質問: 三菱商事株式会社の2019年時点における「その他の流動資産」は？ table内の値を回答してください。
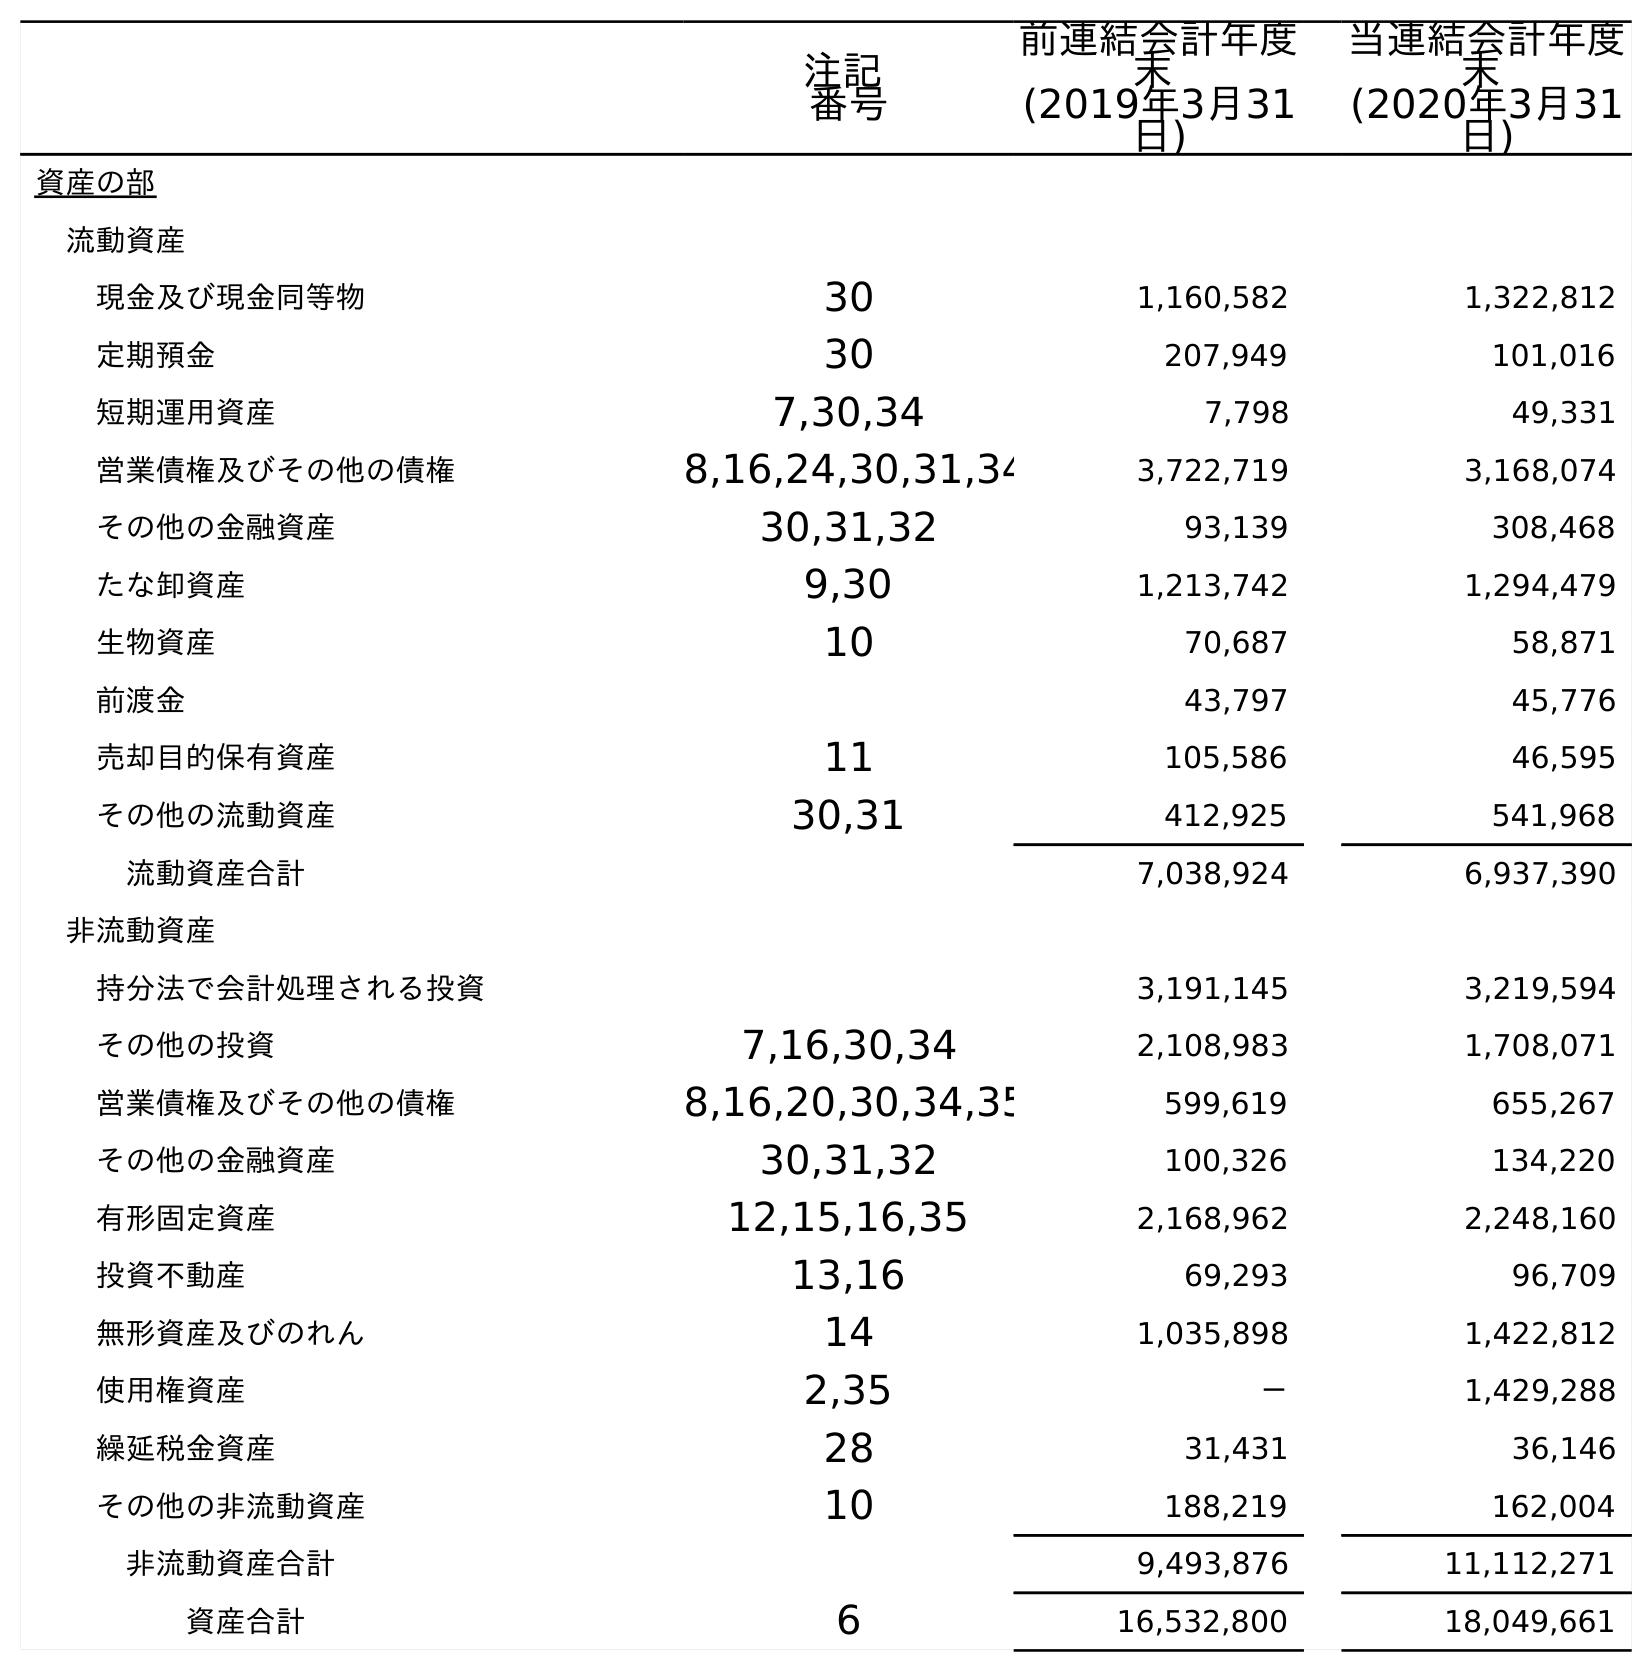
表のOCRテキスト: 注記 番号 前連結会計年度 末 (2019年3月31 日) 当連結会計年度 末 (2020年3月31 日) 資産の部 流動資産 現金及び現金同等物 30 1,160,582 1,322,812 定期預金 30 207,949 101,016 短期運用資産 7,30,34 7,798 49,331 営業債権及びその他の債権 8,16,24,30,31,34 3,722,719 3,168,074 その他の金融資産 30,31,32 93,139 308,468 たな卸資産 9,30 1,213,742 1,294,479 生物資産 10 70,687 58,871 前渡金 43,797 45,776 売却目的保有資産 11 105,586 46,595 その他の流動資産 30,31 412,925 541,968 流動資産合計 7,038,924 6,937,390 非流動資産 持分法で会計処理される投資 3,191,145 3,219,594 その他の投資 7,16,30,34 2,108,983 1,708,071 営業債権及びその他の債権 8,16,20,30,34,35 599,619 655,267 その他の金融資産 30,31,32 100,326 134,220 有形固定資産 12,15,16,35 2,168,962 2,248,160 投資不動産 13,16 69,293 96,709 無形資産及びのれん 14 1,035,898 1,422,812 使用権資産 2,35 － 1,429,288 繰延税金資産 28 31,431 36,146 その他の非流動資産 10 188,219 162,004 非流動資産合計 9,493,876 11,112,271 資産合計 6 16,532,800 18,049,661
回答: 412,925